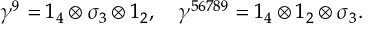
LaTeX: \gamma ^ { 9 } = 1 _ { 4 } \otimes \sigma _ { 3 } \otimes 1 _ { 2 } , \quad \gamma ^ { 5 6 7 8 9 } = 1 _ { 4 } \otimes 1 _ { 2 } \otimes \sigma _ { 3 } .